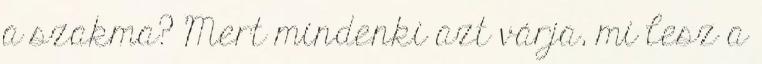
a szakma? Mert mindenki azt várja, mi lesz a